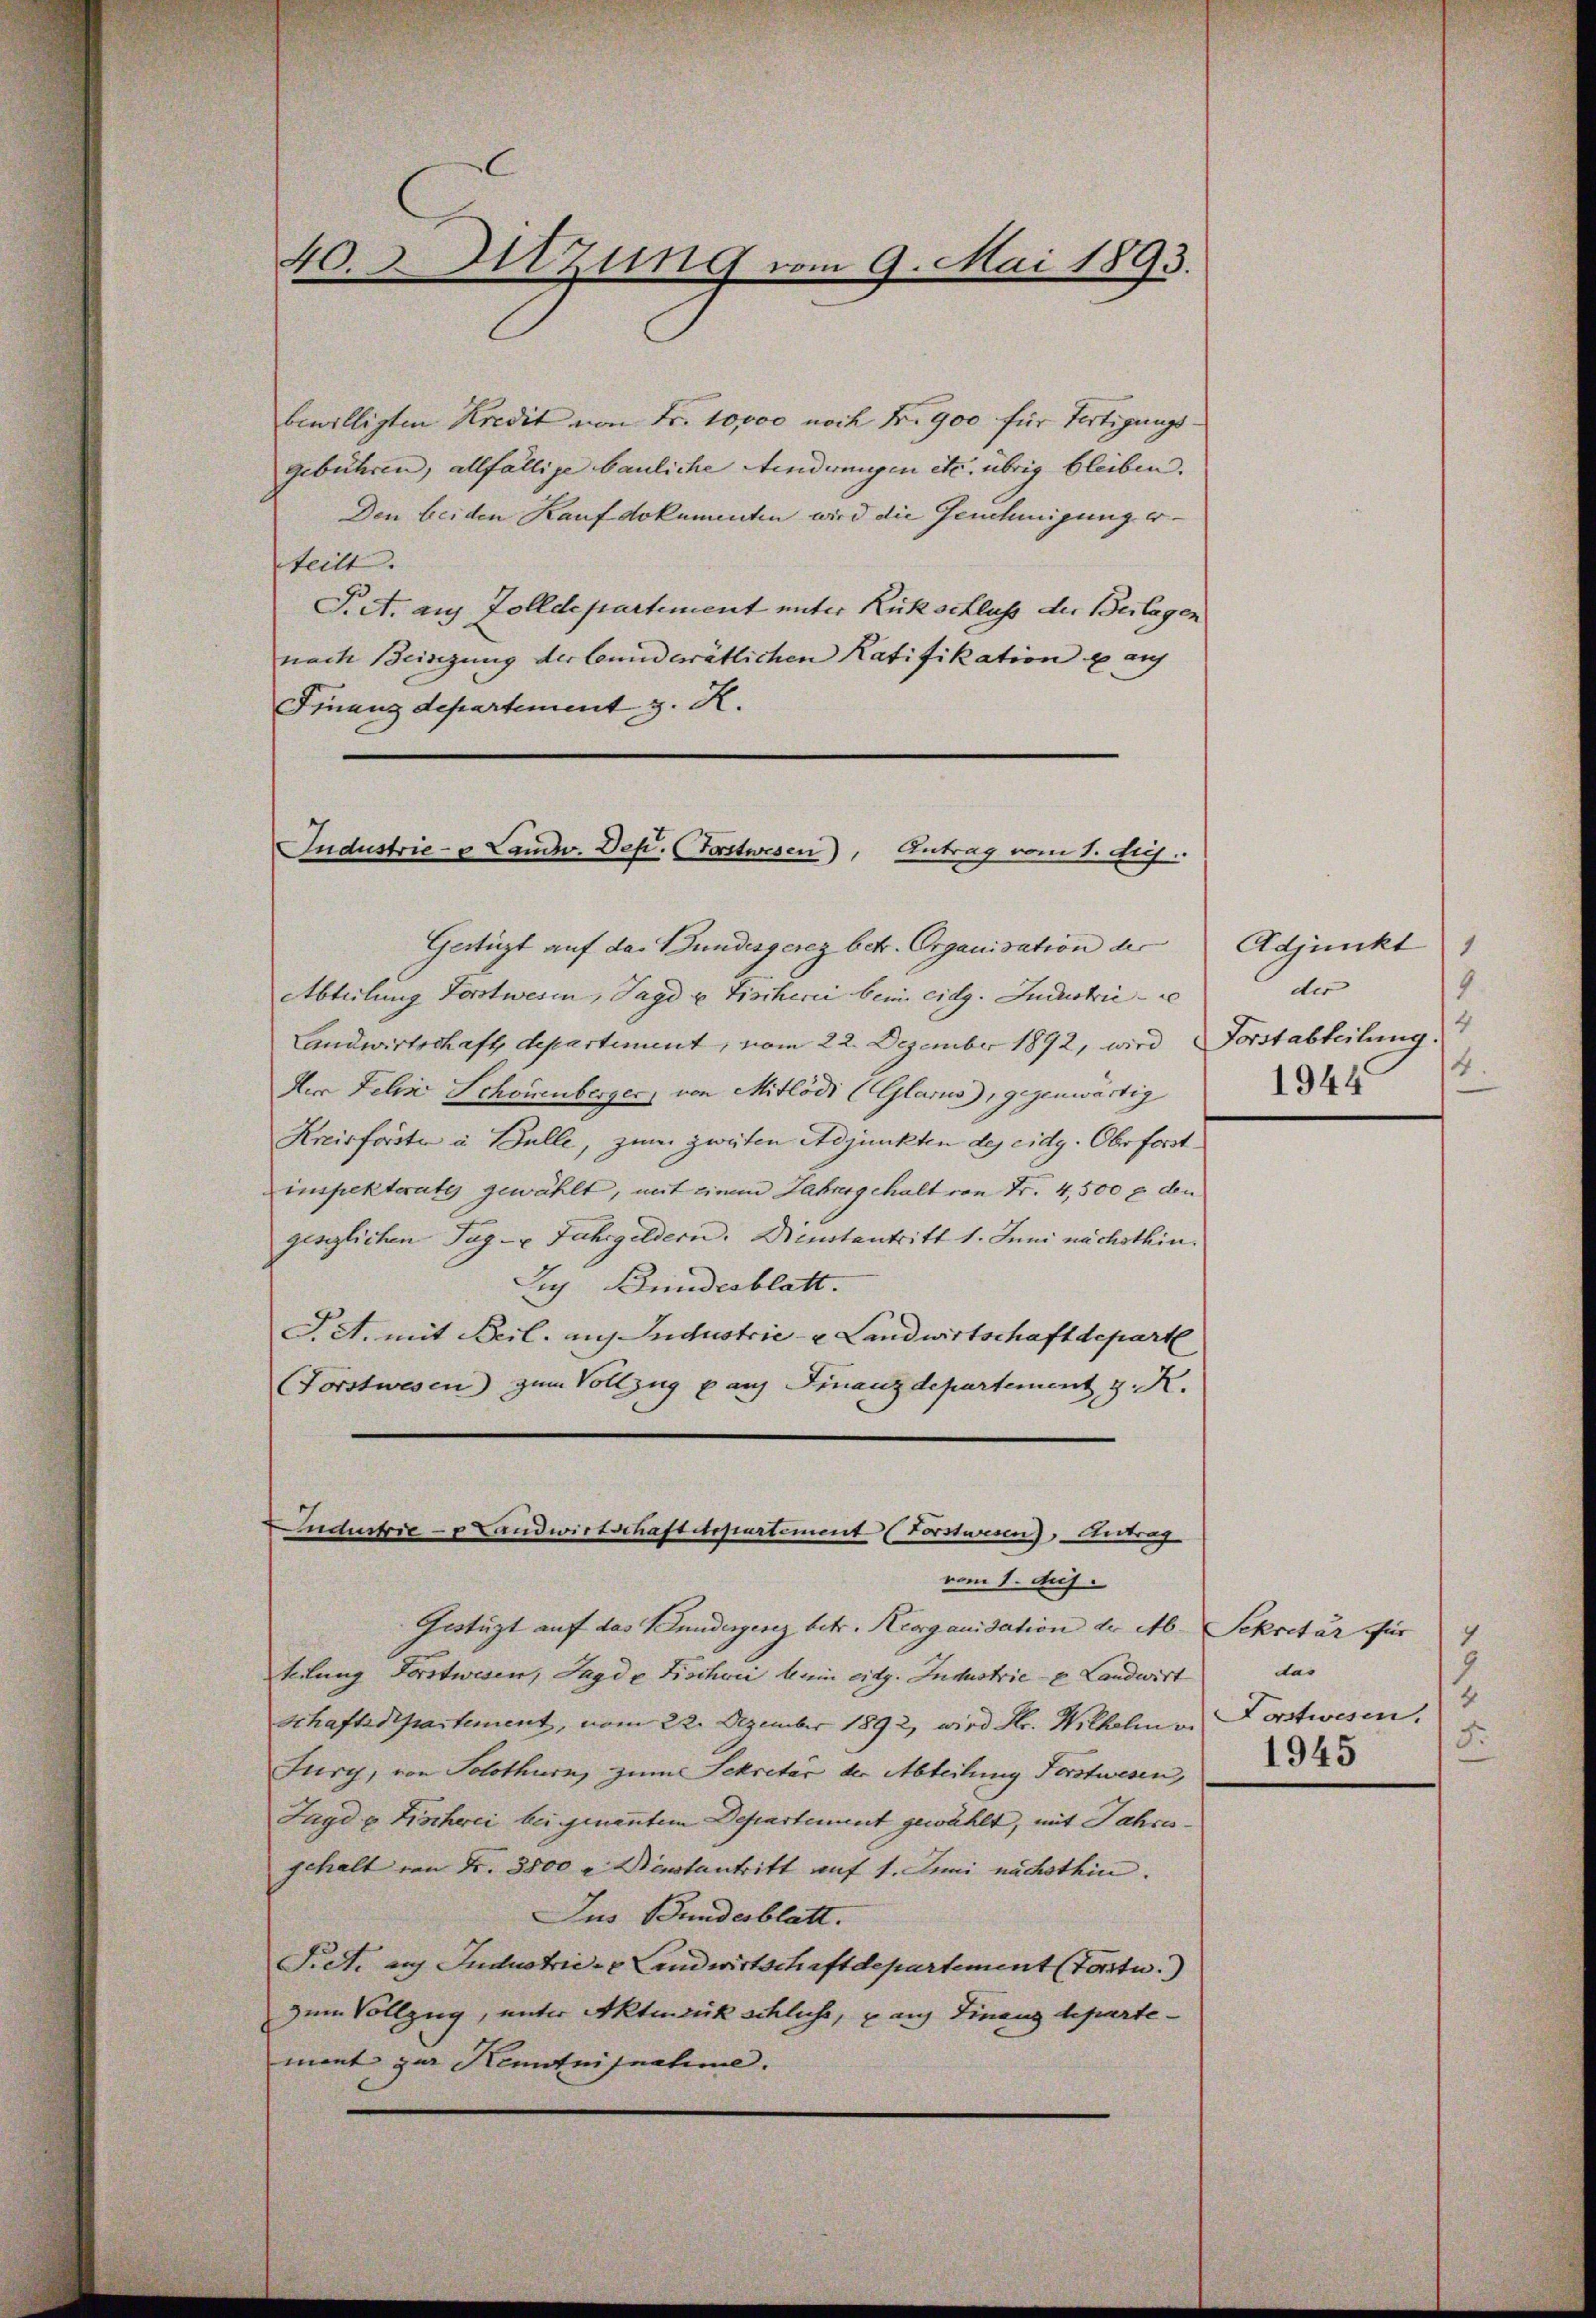
40. Sitzung vom 9. Mai 1893.

bewilligten Kredit von Fr. 10,000 noch Nr. 900 für Fertigungsgebühren, allfällige bauliche Aenderungen etc. übrig bleiben.
Den beiden Kauf dokumenten wird die Genehmigung erteilt.
Piet. aus Zolldepartement unter Rückschluss der Beilagen
nach Beisigung der Conderätlichen Ratifikation u auf
Finanzdepartement z. R.

Industrie - u Landw. Dep. (Forstwesen), Antrag vom 1. duj.

Gertigt auf das Bundesgerez betr. Organisation der
Abteilung Forstwesen, Jagd u. Fischeni beim eidg. Industrie - e
Landwirtschaft departiment, vom 22. Dezember 1892, wird Forstabteilung.
Der Felix Schönenberger, von Mitlödi (Glarus), gegenwärtig
Kreisforste à Bulle, zum zweiten Adjunkten des eidg. Oberforstimpektoratis gewählt, mit einem Jahrengehalt von Fr. 4,500 f den
gesglichen Tag- u Jahrgeldern. Wintentritt 1. Juni nächsthin.
Se Bundesblatt.
Pct. mit Beil. auf Industrie- u Landwirtschaft depart
(Forstwesen) zum Vollzug p auf Finanzdepartement z. R.
Industrie-p Landwirtschaftetepartement (Forstwesen), Vertrag

vom 1. huj.
Gestüzt auf das Hundergenz betr. Reorganisation der Ab- Sekretär für
teilung Forstwesen, Jagde Fischei kein eidg. Industrie - Landwirt
Schaftsdepartement, vom 22. Dezember 1892, wird Hr. Wilhelm v.
Jury, von Solothurn, zum Sekretär der Abteilung Forstwesen,
Jagd u. Fischerei bei genanntem Departement gewählt, mit Jahresgehalt von Fr. 3800 u. Bestantritt auf 1. Juni nächsthin.
Jus Bundesblatt.
Siet. auf Industrie- & Landwirtschaftdepartement (Torte.
zum Vollzug, unter Aktensick schlichs, auf Finanzdepartemant zur Kenntnisnahme.

Adjunkt
1
9
der
14
4
1944

9
das
9
4
Postwesen.
5.
1945